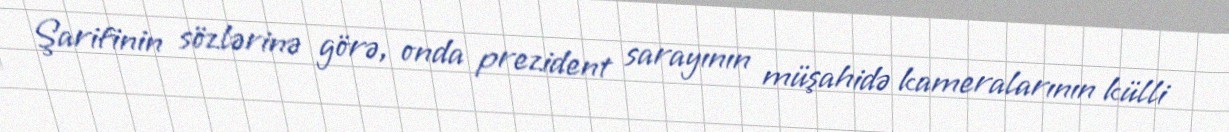
Şarifinin sözlərinə görə, onda prezident sarayının müşahidə kameralarının külli